Vaccination in the Punjab 1905-1918 - 1905-1918
Year: 1905
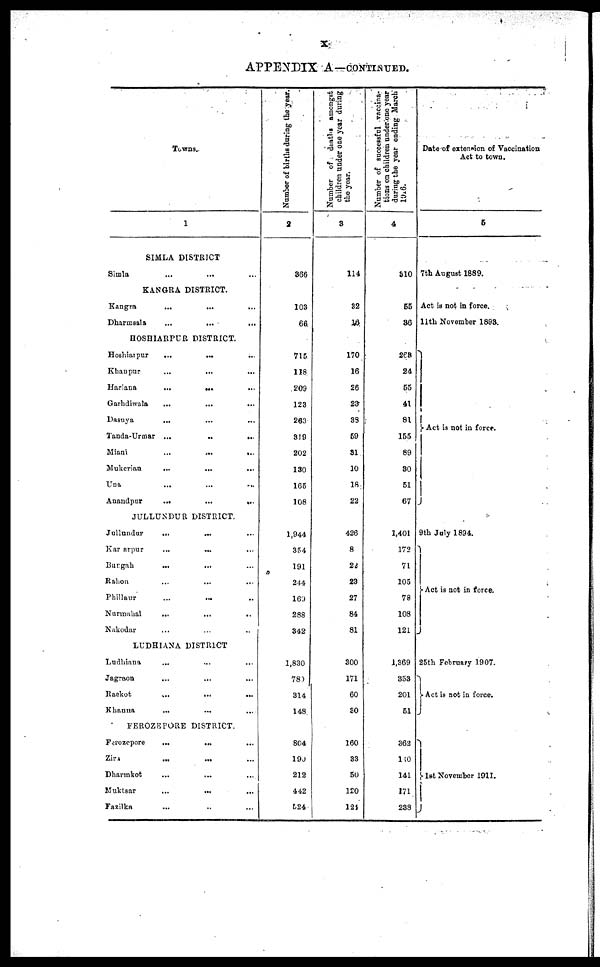
x
APPENDIX A—CONTINUED.
Towns.
1
SIMLA DISTRICT
Simla ... ... ...
KANGRA DISTRICT.
Kangra
...
...
...
Dharmsala
...
...
...
HOSHIARPUR DISTRICT.
Hoshiarpur
...
... ...
Khanpur ... ... ...
Hariana
...
...
...
Garhdiwala ... ... ...
Dasuya
...
...
...
Tanda-Urmar ...
..
...
Miani
...
...
...
Mukerian
...
...
...
Una
...
...
...
Anandpur
...
...
...
JULLUNDUR DISTRICT.
Jullundur
... ... ...
Kar arpur
...
... ...
Burgah
... ... ...
Rahon ... ... ...
Phillaur
...
... ...
Nurmahal
...
...
...
Nakodar ... ... ...
LUDHIANA DISTRICT
Ludhiana ... ... ...
Jagraon ... ... ...
Raekot
...
... ...
Khanna
... ... ...
FEROZEPORE DISTRICT.
Ferozepore
...
... ...
Zira ... ... ...
Dharmkot
...
...
...
Muktsar
...
... ...
Fazilka ... ... ...
Number of births during the year
2
366
103
66
715
138
209
123
263
319
202
130
165
108
1,944
354
191
244
169
288
342
1,830
780
814
148
804
190
212
442
524
Number of deaths amongst
children under one year during
the year.
3
114
82
18
170
16
26
23
33
59
81
10
18
22
426
8
22
23
27
84
81
300
171
60
80
160
33
50
120
124
Number of succesful vaccina-
tions on children under one year
during the year ending March
1916.
4
310
55
36
268
24
55
41
81
155
89
80
51
67
1,401
172
71
105
78
108
121
1,369
353
201
51
362
140
141
171
288
Date of extension of Vaccination
Act to town.
5
7th August 1889.
Act is not in force.
11th November 1893.
Act is not in force.
9th July 1894.
Act is not in force.
25th February 1907.
Act is not in force.
1st November 1911.